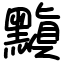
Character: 黰